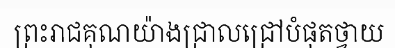
ព្រះរាជគុណយ៉ាងជ្រាលជ្រៅបំផុតថ្វាយ